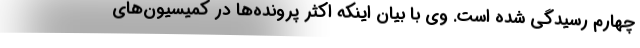
چهارم رسیدگی شده است. وی با بیان اینکه اکثر پرونده‌ها در کمیسیون‌های